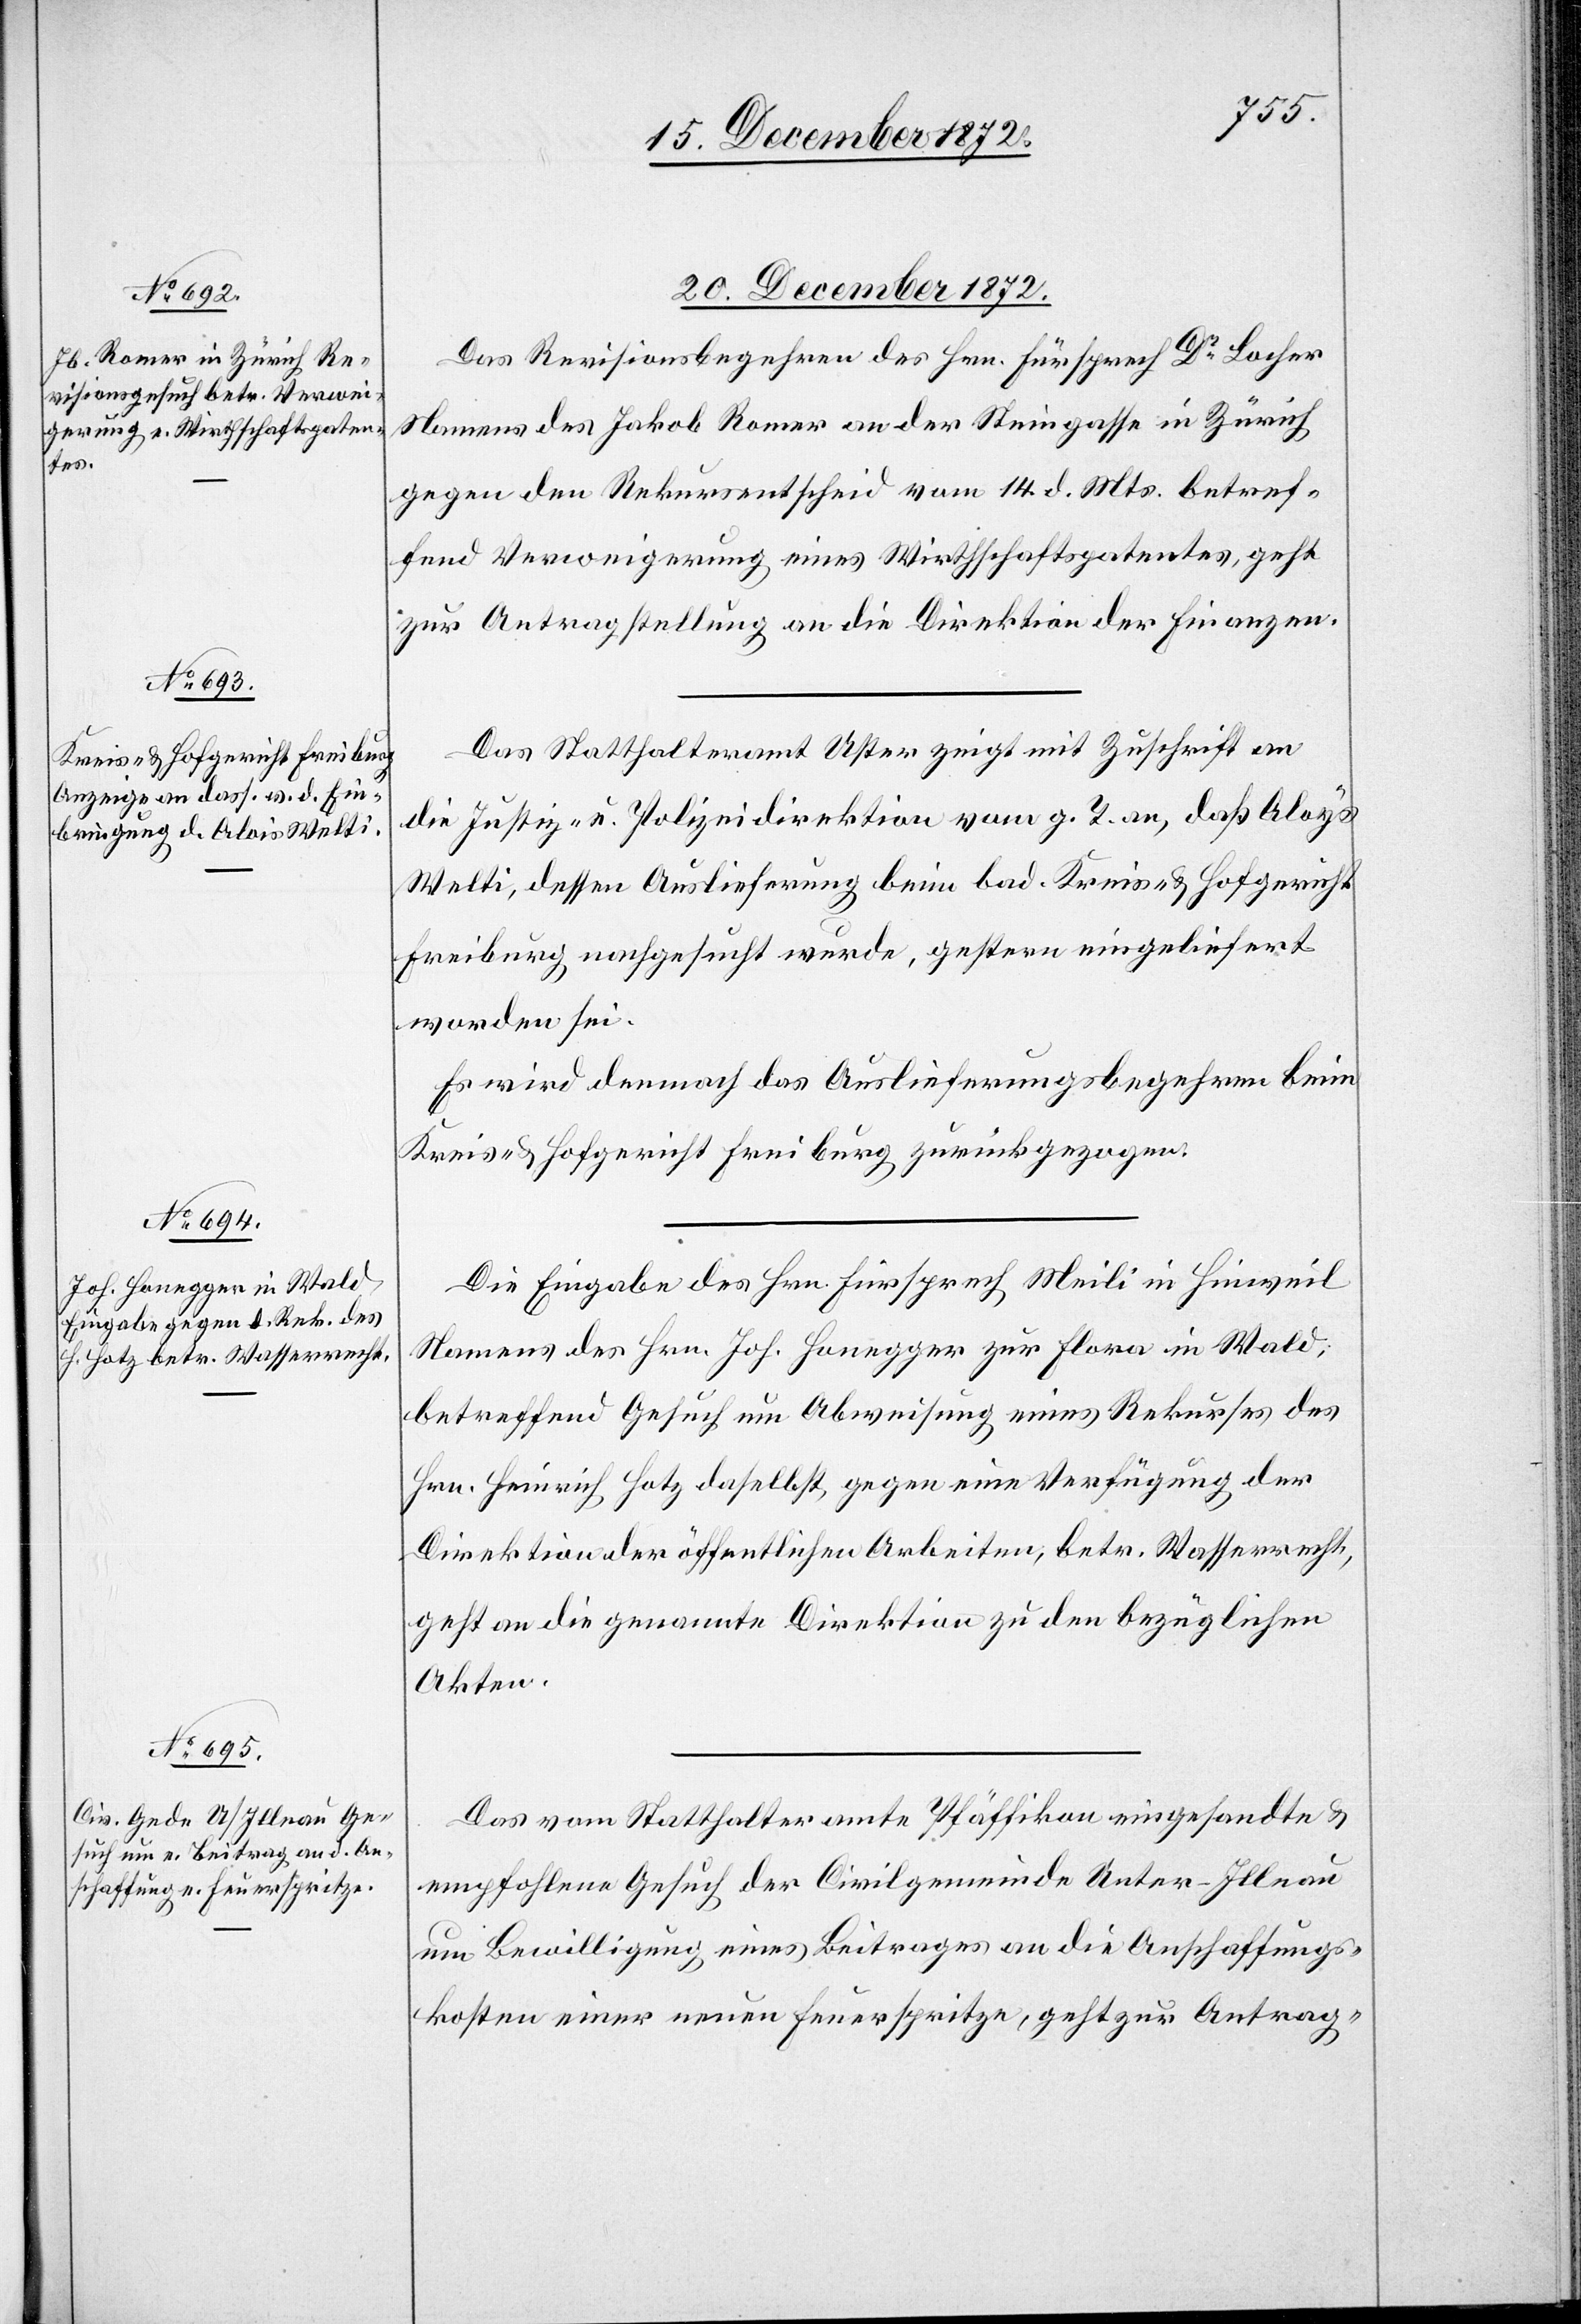
20. December 1872.]
Das Revisionsbegehren des Hrn. Fürsprech Dr Locher
Namens des Jakob Romer an der Steingasse in Zürich
gegen den Rekursentscheid vom 14. d. Mts. betref¬
fend Verweigerung eines Wirthschaftspatentes, geht
zur Antragstellung an die Direktion der Finanzen.
Das Statthalteramt Uster zeigt mit Zuschrift an
die Justiz- u. Polizeidirektion vom g. T. an, daß Aloys
Welti, dessen Auslieferung beim bad. Kreis- u. Hofgericht
Freiburg nachgesucht wurde, gestern eingeliefert
worden sei.
Es wird demnach das Auslieferungsbegehren beim
Kreis- u. Hofgericht Freiburg zurückgezogen.
Die Eingabe des Hrn. Fürsprech Meili in Hinweil
Namens des Hrn. Joh. Honegger zur Flora in Wald,
betreffend Gesuch um Abweisung eines Rekurses des
Hrn. Heinrich Hotz daselbst gegen eine Verfügung der
Direktion der öffentlichen Arbeiten, betr. Wasserrecht,
geht an die genannte Direktion zu den bezüglichen
Akten.
Das vom Statthalteramte Pfäffikon eingesandte u.
empfohlene Gesuch der Civilgemeinde Unter-Illnau
um Bewilligung eines Beitrages an die Anschaffungs¬
kosten einer neuen Feuerspritze, geht zur Antrag-